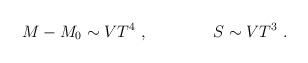
LaTeX: \begin{align*}M- M_0 \sim V T^4\ , \qquad\qquad S\sim V T^3\ .\end{align*}